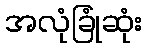
အလုံခြုံဆုံး